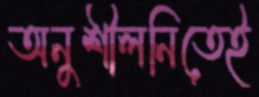
অনুশীলনিতেই